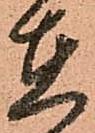
在